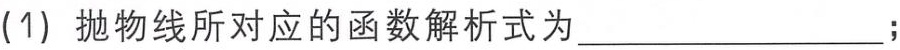
(1) 抛物线所对应的函数解析式为________________；